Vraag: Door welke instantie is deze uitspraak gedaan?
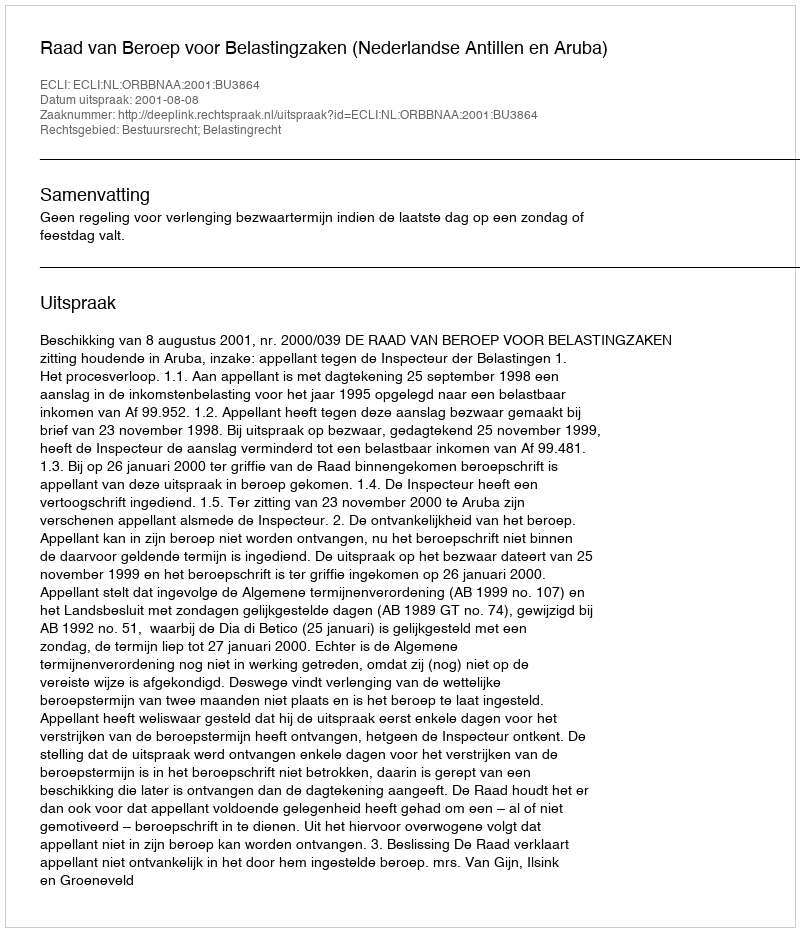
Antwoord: Raad van Beroep voor Belastingzaken (Nederlandse Antillen en Aruba)